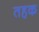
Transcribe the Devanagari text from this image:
तहक